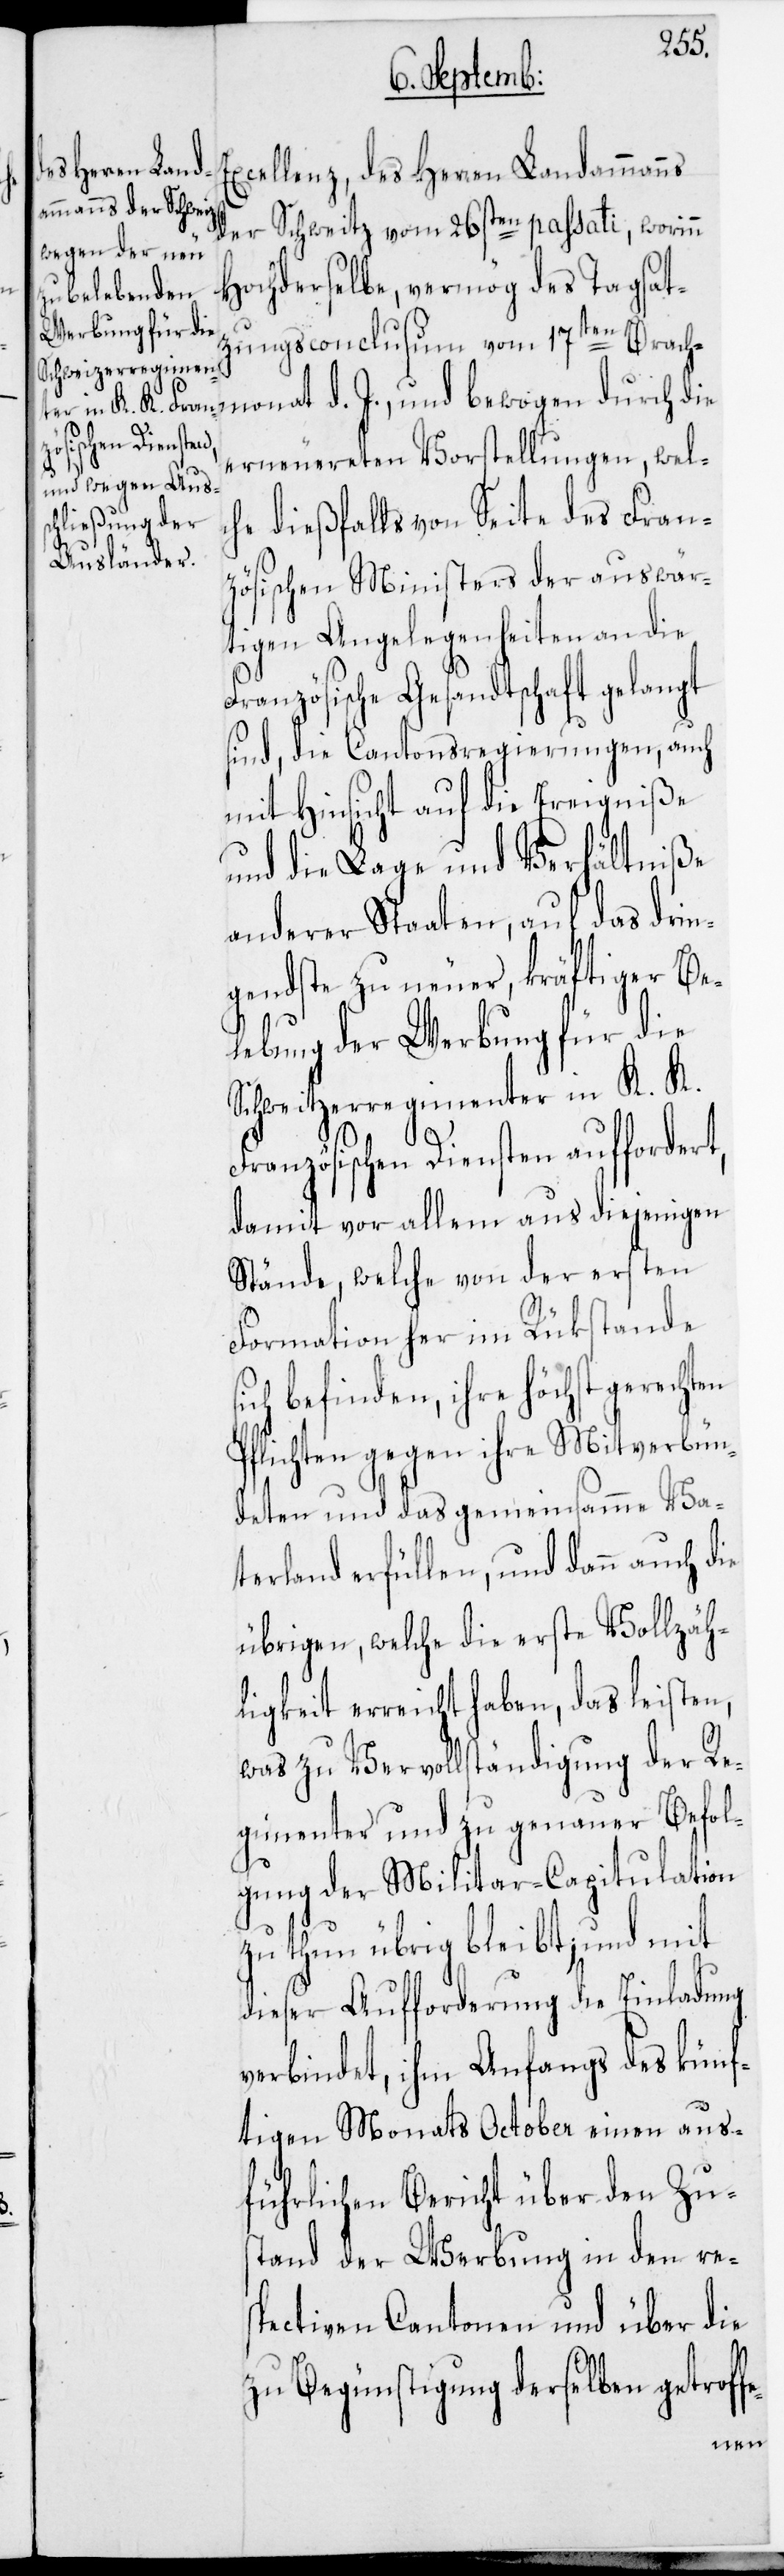
Schweitzerregimen¬
ter in K. K.

Excellenz, des Herren Landammanns
der Schweitz vom 26sten passati, worinn
Hochderselbe, vermög des Tagsat¬
zungsconclusum vom 17ten Brach¬
monat d. J., und bewogen durch die
erneuereten Vorstellungen, wel¬
che dießfalls von Seite des Fran¬
zösischen Ministers der auswär¬
tigen Angelegenheiten an die
Französische Gesandtschaft gelangt
sind, die Cantonsregierungen, auch
mit Hinsicht auf die Ereigniße
und die Lage und Verhältniße
anderer Staaten, auf das drin¬
gendste zu neuer, kräftiger Be¬
lebung der Werbung für die
Französischen Diensten auffordert,
damit vor allem aus diejenigen
Stände, welche von der ersten
Formation her im Rükstande
befinden, ihre höchst gerechten
Pflichten gegen ihre Mitverbün¬
deten und das gemeinsamme Va¬
terland erfüllen, und dann auch die
übrigen, welche die erste Vollzäh¬
ligkeit erreicht haben, das leisten,
was zu Vervollständigung der Re¬
gimenter und zu genauer Befol¬
gung der Militar-Capitulation
zu thun übrig bleibt; und mit
dieser Aufforderung die Einladung
verbindet, ihm Anfangs des künf¬
tigen Monats October einen aus¬
führlichen Bericht über den Zu¬
stand der Werbung in den re¬
spectiven Cantonen und über die
zu Begünstigung derselben getroff¬
e-